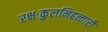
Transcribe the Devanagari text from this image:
रक्षःकुलनिहन्तारौ